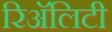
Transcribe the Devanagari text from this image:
रिअॅलिटी